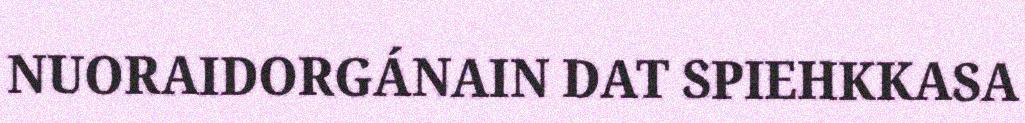
NUORAIDORGÁNAIN DAT SPIEHKKASA